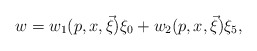
\begin{align*}w=w_{1}(p,x,\vec{\xi})\xi _{0}+w_{2}(p,x,\vec{\xi})\xi _{5}, \end{align*}